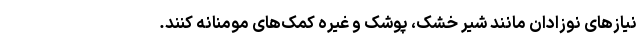
نیازهای نوزادان مانند شیر خشک، پوشک و غیره کمک‌های مومنانه کنند.